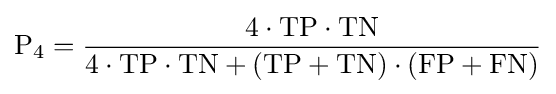
\mathrm {P} _{4}={\frac {4\cdot \mathrm {TP} \cdot \mathrm {TN} }{4\cdot \mathrm {TP} \cdot \mathrm {TN} +(\mathrm {TP} +\mathrm {TN} )\cdot (\mathrm {FP} +\mathrm {FN} )}}